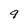
Character: 9